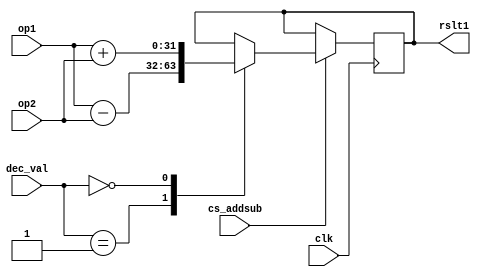
`timescale 1ns/1ps 
module arith(
  input [31:0]  op1,op2,
  input clk,
  input     cs_addsub,
  input [3:0]   dec_val,
  output reg [31:0] rslt1);
  always@(posedge clk)
    begin
      if(cs_addsub)
        case(dec_val)
          1:rslt1=op1-op2;
      0:rslt1=op1+op2;
      endcase
    end
endmodule